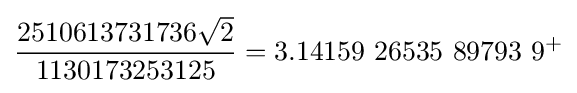
{\frac {2510613731736{\sqrt {2}}}{1130173253125}}=3.14159\ 26535\ 89793\ 9^{+}